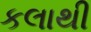
કલાથી